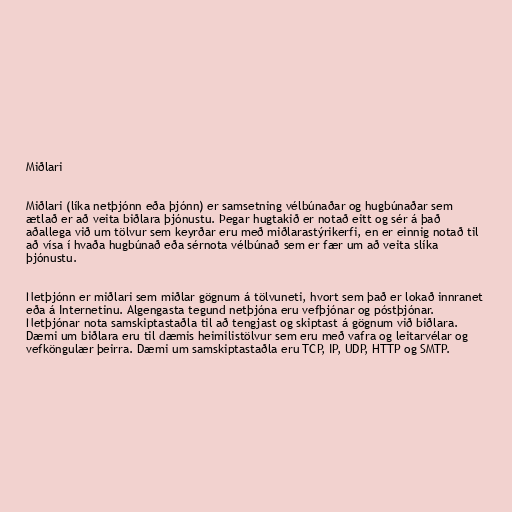
Miðlari

Miðlari (líka netþjónn eða þjónn) er samsetning vélbúnaðar og hugbúnaðar sem
ætlað er að veita biðlara þjónustu. Þegar hugtakið er notað eitt og sér á það
aðallega við um tölvur sem keyrðar eru með miðlarastýrikerfi, en er einnig notað til
að vísa í hvaða hugbúnað eða sérnota vélbúnað sem er fær um að veita slíka
þjónustu.

Netþjónn er miðlari sem miðlar gögnum á tölvuneti, hvort sem það er lokað innranet
eða á Internetinu. Algengasta tegund netþjóna eru vefþjónar og póstþjónar.
Netþjónar nota samskiptastaðla til að tengjast og skiptast á gögnum við biðlara.
Dæmi um biðlara eru til dæmis heimilistölvur sem eru með vafra og leitarvélar og
vefköngulær þeirra. Dæmi um samskiptastaðla eru TCP, IP, UDP, HTTP og SMTP.